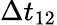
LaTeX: \Delta t_{12}